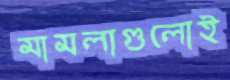
মামলাগুলোই